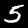
Digit: 5